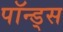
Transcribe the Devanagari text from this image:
पॉन्ड्स